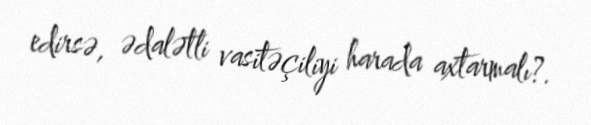
edirsə, ədalətli vasitəçiliyi harada axtarmalı?.